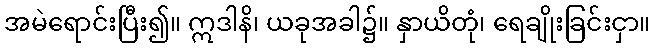
အမဲရောင်းပြီး၍။ ဣဒါနိ၊ ယခုအခါ၌။ နှာယိတုံ၊ ရေချိုးခြင်းငှာ။